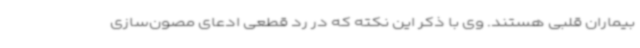
بیماران قلبی هستند. وی با ذکر این نکته که در رد قطعی ادعای مصون‌سازی